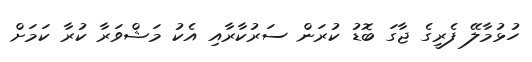
ހުޅުމާލޭ ފެރީގެ ޖާގަ ބޮޑު ކުރަން ސަރުކާރާއި އެކު މަޝްވަރާ ކުރާ ކަމަށް